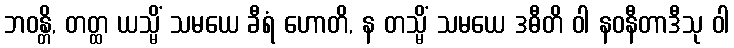
ဘဝန္တိ, တတ္ထ ယသ္မိံ သမယေ ခီရံ ဟောတိ, န တသ္မိံ သမယေ ဒဓီတိ ဝါ နဝနီတာဒီသု ဝါ